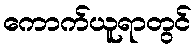
ကောက်ယူရာတွင်